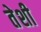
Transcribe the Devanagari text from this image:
तेशी